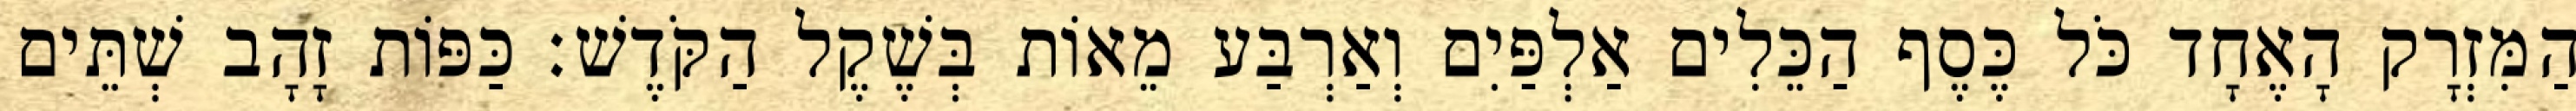
הַמִּזְרָק הָאֶחָד כֹּל כֶּסֶף הַכֵּלִים אַלְפַּיִם וְאַרְבַּע מֵאוֹת בְּשֶׁקֶל הַקֹּדֶשׁ׃ כַּפּוֹת זָהָב שְׁתֵּים